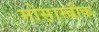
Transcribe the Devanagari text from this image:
मोस़ाम्बीक